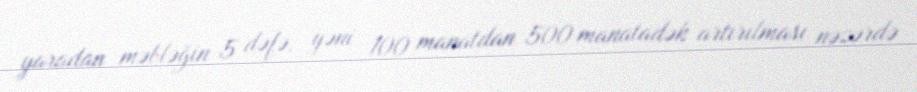
yaradan məbləğin 5 dəfə, yəni 100 manatdan 500 manatadək artırılması nəzərdə